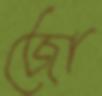
জো